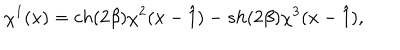
\chi ^ { 1 } ( x ) = c h ( 2 \beta ) \chi ^ { 2 } ( x - \hat { 1 } ) - s h ( 2 \beta ) \chi ^ { 3 } ( x - \hat { 1 } ) ,